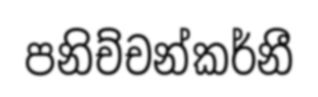
පනිච්චන්කර්නී